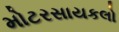
મોટરસાયકલો